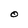
Character: O